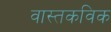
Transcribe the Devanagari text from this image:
वास्तकविक